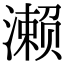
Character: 濑